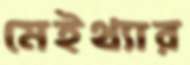
মেইথ্যার